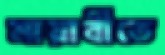
মায়াবীতে